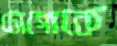
টোগোকে